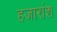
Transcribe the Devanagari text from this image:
हजारांश